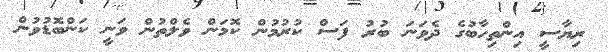
ރިޔާސީ އިންތިހާބުގެ ދެވަނަ ބުރު ފަސް ކުރުމުން ކޮމަން ވެލްތުން ވަނީ ކަންބޮޑުވުން